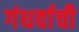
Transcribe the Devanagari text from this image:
गंधर्वाची